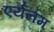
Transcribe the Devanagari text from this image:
एर्यनम